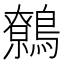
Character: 鷯